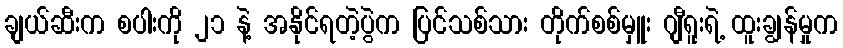
ချယ်ဆီးက စပါးကို ၂၁ နဲ့ အနိုင်ရတဲ့ပွဲက ပြင်သစ်သား တိုက်စစ်မှူး ဂျီရူးရဲ့ ထူးချွန်မှုက